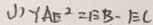
( 1 ) \because A E ^ { 2 } = E B - E C